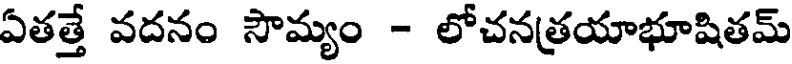
ఏతత్తే వదనం సౌమ్యం - లోచనత్రయాభూషితమ్